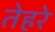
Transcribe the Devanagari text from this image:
तेहरे